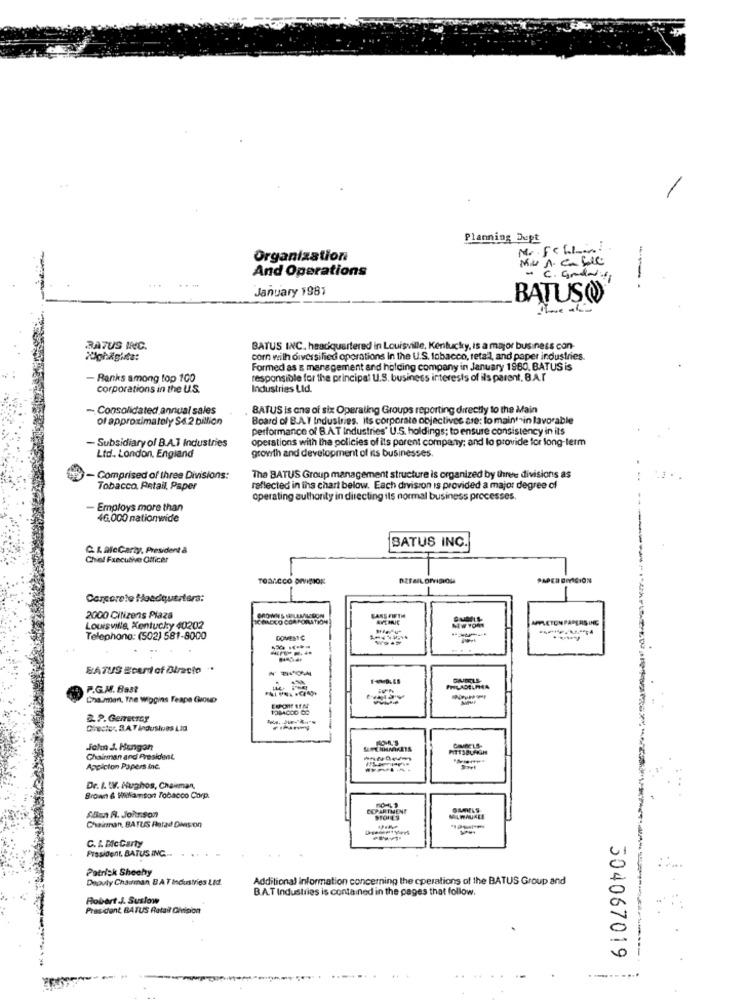
-
Planning Dupt
M. Fc LI ....
Organization
And Operations
- C. anddill
January 1981
BATUSO
BATUS INC.
BATUS INC. headquartered in Louisville, Kentucky, is a major business con-
corn with diversified operations in the U.S. tobacco, retail, and paper industries.
Formed as & management and holding company in January 1960, BATUS is
- Ranks among top 100
responsible for the principal U.S. business interests of ils parent. B.A.r
corporations in the U.S.
Industries Ltd.
- Consolidated annual sales
BATUS Is ons of six Operating Groups reporting directly to the Main
of approximately $6.2 billion
Board of B.A.T Industries. Its corporate objectives ase: to maintain lavorable
performance of B.A.T Industries' U.S. holdings; to ensure consistency in its
- Subsidiary of B.A.T Industries
operations with the policies of its porent company: and lo provide for long-term
Ltd .. London, England
growth and development of its businesses.
- Comprised of three Divisions:
The BATUS Group management structure is organized by three divisions as
Tobacco. Petail, Paper
reflected in ins chart below. Each division is provided a major degree of
operating authority in directing ils normal business processes.
Employs more than
46.000 nationwide
SATUS INC.
C. K. AfcGarty, President à
Chief Fxecutive Officer
TOBACCO DIVISION
Corporate Headquarters:
2000 Citizens Plaza
SAKS FIFTH
APPLETONPAPERS ING
Louisville, Kentucky 40202
Telephone: (502) 581-8000
DOMESTIC
BATUS Ecard of Directo ..
GAIRELS
P.G.M. 883t
Cha.men, The Wiggins Feaps Group
Chester. 3.A.T Indusives Lid
John J. Mengan
Chairman and President
Appicton Papers inc.
Dr. I. WV. Hughos, Chairman,
Brown & Williamson Tobacco Corp.
$BEN A. JON.Son
DEPARTMENT
Chainnan, BATUS Rarad Division
STORES
C. & McCarty
President, BATUS INC ...
Patrick Sheehy
Deoviy Charman B AT Industries Ltd.
Additional information concerning the operations of the BATUS Group and
B.A.T Industries is contained in the pages that follow.
Robert J. Suslow
President BATUS Retail Givision
504067019